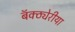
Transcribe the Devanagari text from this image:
बॅक्ठ्येरीया